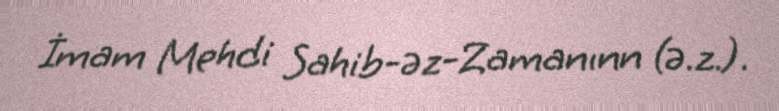
İmam Mehdi Sahib-əz-Zamanınn (ə.z.).